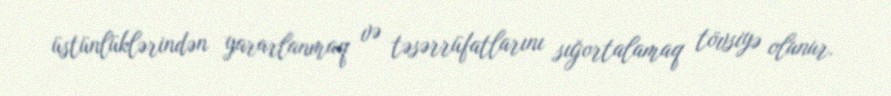
üstünlüklərindən yararlanmaq və təsərrüfatlarını sığortalamaq tövsiyə olunur.